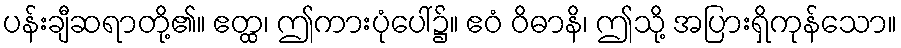
ပန်းချီဆရာတို့၏။ ဧတ္ထ၊ ဤကားပုံပေါ်၌။ ဧဝံ ဝိဓာနိ၊ ဤသို့ အပြားရှိကုန်သော။